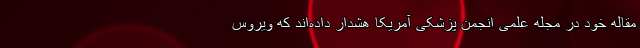
مقاله خود در مجله علمی انجمن پزشکی آمریکا هشدار داده‌اند که ویروس